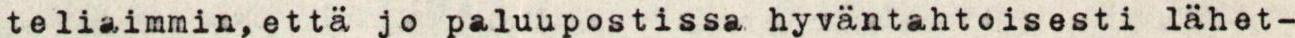
teliaimmin, että jo paluupostissa hyväntahtoisesti lähet-